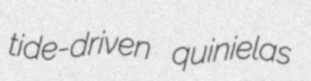
tide-driven quinielas